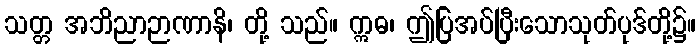
သတ္တ အဘိညာဉာဏာနိ၊ တို့ သည်။ ဣဓ၊ ဤပြအပ်ပြီးသောသုတ်ပုဒ်တို့၌။